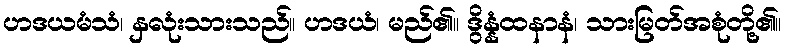
ဟဒယမံသံ၊ နှလုံးသားသည်။ ဟဒယံ၊ မည်၏။ ဒွိန္နံထနာနံ၊ သားမြတ်အစုံတို့၏။